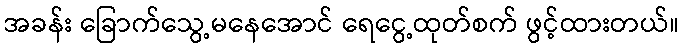
အခန်း ခြောက်သွေ့မနေအောင် ရေငွေ့ထုတ်စက် ဖွင့်ထားတယ်။